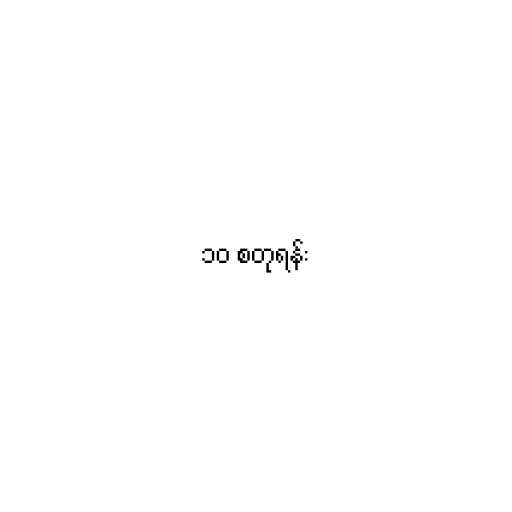
၁၀ စတုရန်း